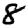
Digit: 8